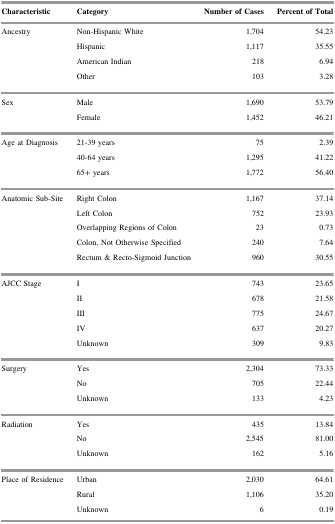
<table><thead><tr><td><b>Characteristic</b></td><td><b>Category</b></td><td><b>Number of Cases</b></td><td><b>Percent of Total</b></td></tr></thead><tbody><tr><td rowspan="4">Ancestry</td><td>Non-Hispanic White</td><td>1,704</td><td>54.23</td></tr><tr><td>Hispanic</td><td>1,117</td><td>35.55</td></tr><tr><td>American Indian</td><td>218</td><td>6.94</td></tr><tr><td>Other</td><td>103</td><td>3.28</td></tr><tr><td rowspan="2">Sex</td><td>Male</td><td>1,690</td><td>53.79</td></tr><tr><td>Female</td><td>1,452</td><td>46.21</td></tr><tr><td rowspan="3">Age at Diagnosis</td><td>21-39 years</td><td>75</td><td>2.39</td></tr><tr><td>40-64 years</td><td>1,295</td><td>41.22</td></tr><tr><td>65+ years</td><td>1,772</td><td>56.40</td></tr><tr><td rowspan="5">Anatomic Sub-Site</td><td>Right Colon</td><td>1,167</td><td>37.14</td></tr><tr><td>Left Colon</td><td>752</td><td>23.93</td></tr><tr><td>Overlapping Regions of Colon</td><td>23</td><td>0.73</td></tr><tr><td>Colon, Not Otherwise Specified</td><td>240</td><td>7.64</td></tr><tr><td>Rectum &amp; Recto-Sigmoid Junction</td><td>960</td><td>30.55</td></tr><tr><td rowspan="5">AJCC Stage</td><td>I</td><td>743</td><td>23.65</td></tr><tr><td>II</td><td>678</td><td>21.58</td></tr><tr><td>III</td><td>775</td><td>24.67</td></tr><tr><td>IV</td><td>637</td><td>20.27</td></tr><tr><td>Unknown</td><td>309</td><td>9.83</td></tr><tr><td rowspan="3">Surgery</td><td>Yes</td><td>2,304</td><td>73.33</td></tr><tr><td>No</td><td>705</td><td>22.44</td></tr><tr><td>Unknown</td><td>133</td><td>4.23</td></tr><tr><td rowspan="3">Radiation</td><td>Yes</td><td>435</td><td>13.84</td></tr><tr><td>No</td><td>2,545</td><td>81.00</td></tr><tr><td>Unknown</td><td>162</td><td>5.16</td></tr><tr><td rowspan="3">Place of Residence</td><td>Urban</td><td>2,030</td><td>64.61</td></tr><tr><td>Rural</td><td>1,106</td><td>35.20</td></tr><tr><td>Unknown</td><td>6</td><td>0.19</td></tr></tbody></table>